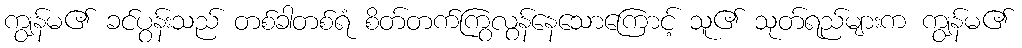
ကျွန်မ၏ ခင်ပွန်းသည် တစ်ခါတစ်ရံ စိတ်တက်ကြွလွန်နေသောကြောင့် သူ၏ သုတ်ရည်များက ကျွန်မ၏